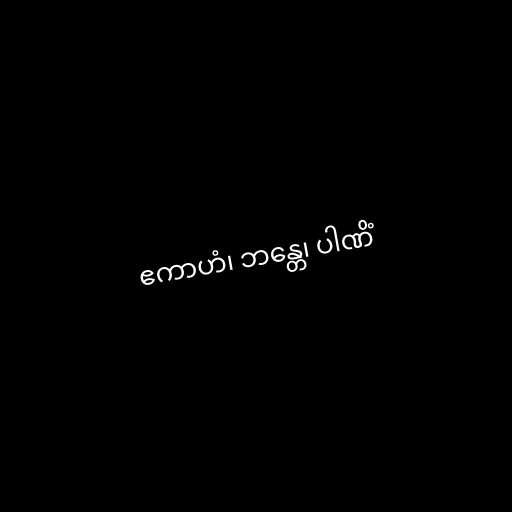
ဧကာဟံ၊ ဘန္တေ၊ ပါဏိံ